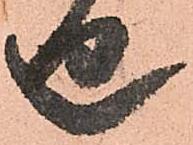
廻